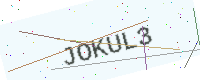
Text: JOKUL3